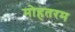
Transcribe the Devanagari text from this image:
मोहतरम